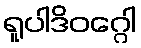
ရူပါဒိဝဂ္ဂေါ